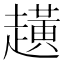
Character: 趪